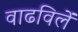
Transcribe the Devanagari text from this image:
वाढविलें